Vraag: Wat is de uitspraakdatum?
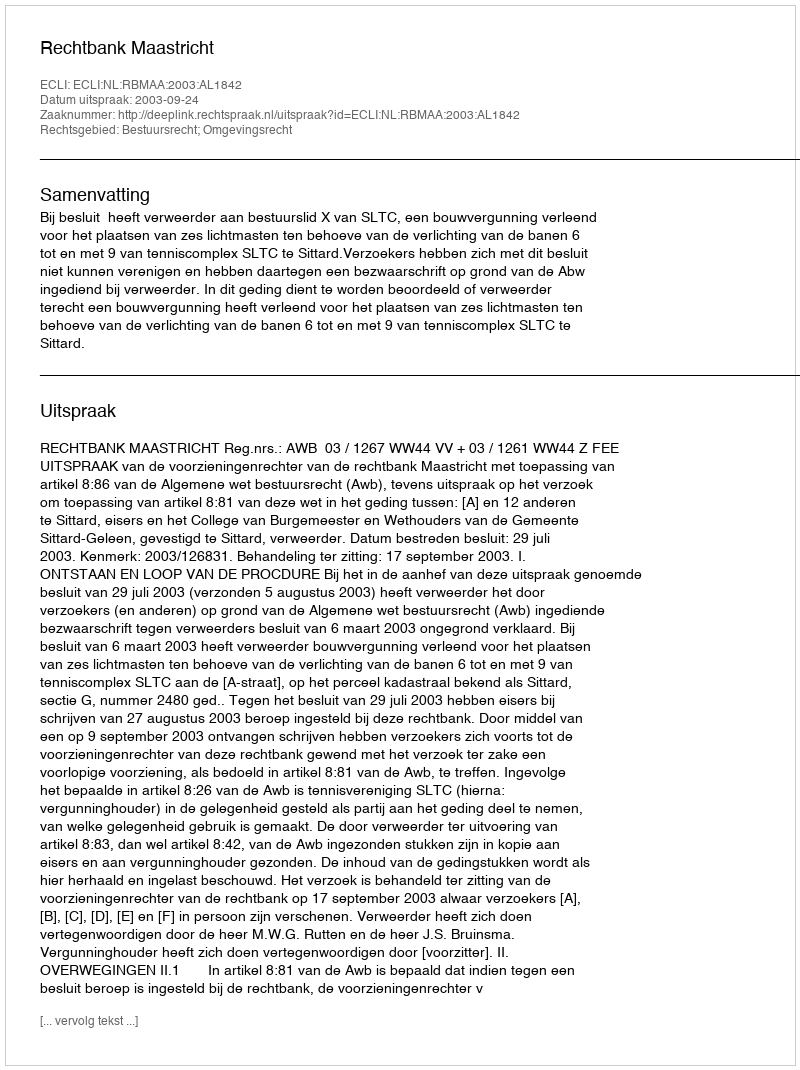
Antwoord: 2003-09-24